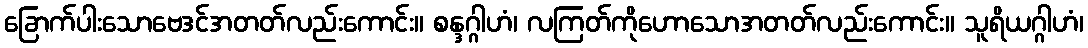
ခြောက်ပါးသောဗေဒင်အတတ်လည်းကောင်း။ စန္ဒဂ္ဂါဟံ၊ လကြတ်ကိုဟောသောအတတ်လည်းကောင်း။ သူရိယဂ္ဂါဟံ၊